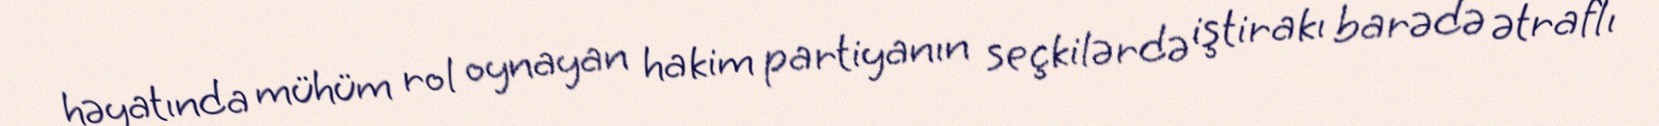
həyatında mühüm rol oynayan hakim partiyanın seçkilərdə iştirakı barədə ətraflı